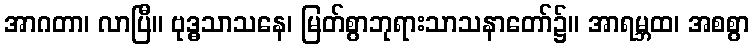
အာဂတာ၊ လာပြီ။ ဗုဒ္ဓသာသနေ၊ မြတ်စွာဘုရားသာသနာတော်၌။ အာရမ္ဘထ၊ အစစွာ